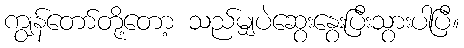
ကျွန်တော်တို့တော့ သည်မျှပဲဆွေးနွေးပြီးသွားပါပြီ။